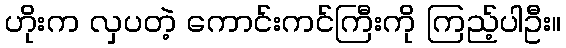
ဟိုးက လှပတဲ့ ကောင်းကင်ကြီးကို ကြည့်ပါဦး။